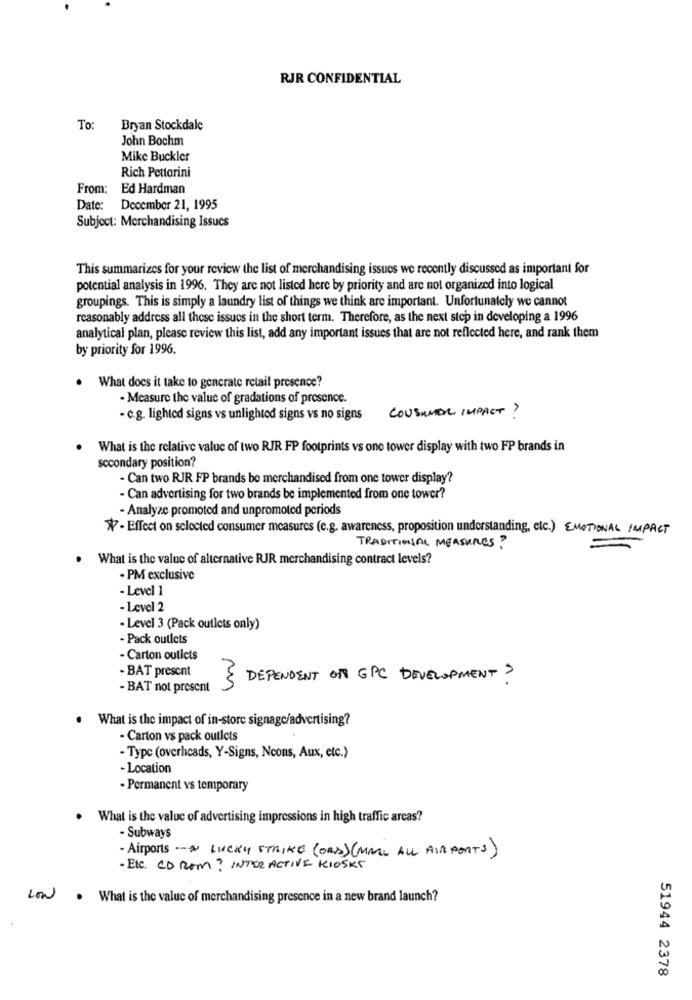
RJR CONFIDENTIAL
To:
Bryan Stockdale
John Bochm
Mike Buckler
Rich Pettorini
From: Ed Hardman
Date: December 21, 1995
Subject: Merchandising Issues
This summarizes for your review the list of merchandising issues we recently discussed as important for
potential analysis in 1996. They are not listed here by priority and are not organized into logical
groupings. This is simply a laundry list of things we think are important. Unfortunately we cannot
reasonably address all these issues in the short term. Therefore, as the next step in developing a 1996
analytical plan, please review this list, add any important issues that are not reflected here, and rank them
by priority for 1996.
. What does it take to generate retail presence?
- Measure the value of gradations of presence.
CONSUMER IMPACT ?
- c.g. lighted signs vs unlightod signs vs no signs
What is the relative value of two RJR FP footprints vs one tower display with two FP brands in
secondary position?
- Can two RJR FP brands be merchandised from one tower display?
- Can advertising for two brands be implemented from one tower?
- Analyze promoted and unpromoted periods
- Effect on selected consumer measures (e.g. awareness, proposition understanding, etc.) EMOTIONAL IMPACT
TRADITIONAL MEASURES?
. What is the value of alternative RJR merchandising contract levels?
- PM exclusive
- Level 1
-Level 2
· Level 3 (Pack outlets only)
- Pack outlets
- Carton outlets
- BAT present
3
DEPENDENT ON GPC DEVELOPMENT >
- BAT not present
.
What is the impact of in-store signage/advertising?
- Carton vs pack outlets
- Type (overheads, Y-Signs, Ncons, Aux, etc.)
- Location
- Permanent vs temporary
. What is the value of advertising impressions in high traffic areas?
- Subways
- Airports -- > LUCKY STRIKE (ORD) (MALL ALL AIRPORTS)
- Etc. CD ROM? INTERACTIVE KIOSKS
LOW. What is the value of merchandising presence in a new brand launch?
51944 2378